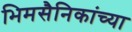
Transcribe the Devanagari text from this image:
भिमसैनिकांच्या